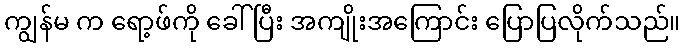
ကျွန်မ က ရော့ဖ်ကို ခေါ်ပြီး အကျိုးအကြောင်း ပြောပြလိုက်သည်။